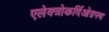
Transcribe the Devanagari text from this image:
एलेक्त्रोकर्दिओग्रफ्य